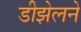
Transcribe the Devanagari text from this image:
डीझेलने